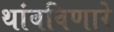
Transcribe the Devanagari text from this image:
थांबविणारे